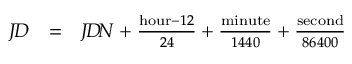
\begin{array} { l l l } { J \! D } & { = } & { J \! D \! N + { \frac { { \mathrm { h o u r } } - 1 2 } { 2 4 } } + { \frac { \mathrm { m i n u t e } } { 1 4 4 0 } } + { \frac { \mathrm { s e c o n d } } { 8 6 4 0 0 } } } \end{array}